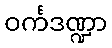
ဝင်္ကဒဏ္ဍာ